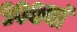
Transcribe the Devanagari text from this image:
९००वां